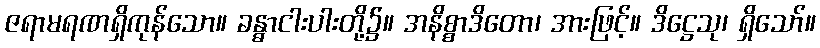
ဇရာမရဏရှိကုန်သော။ ခန္ဓာငါးပါးတို့၌။ အနိစ္စာဒိတော၊ အားဖြင့်။ ဒိဋ္ဌေသု၊ ရှိသော်။